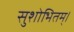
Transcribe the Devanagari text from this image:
सुशोभितम्।